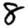
Digit: 8